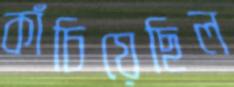
কাঁচিয়েছিল